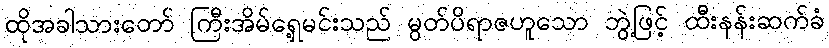
ထိုအခါသားတော် ကြီးအိမ်ရှေ့မင်းသည် မွတ်ပိရာဇဟူသော ဘွဲ့ဖြင့် ထီးနန်းဆက်ခံ